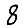
Digit: 8